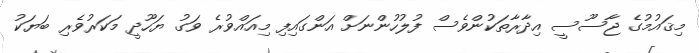
މިޤައުމުގެ ޖާސޫސީ އިދާރާތަކުންވެސް ފުލުހުންނަށް އަންގައިފި މިއައްވުރެ ވަގު ޔަހޫދީ މަކަރުވެރި ބަޔަކު